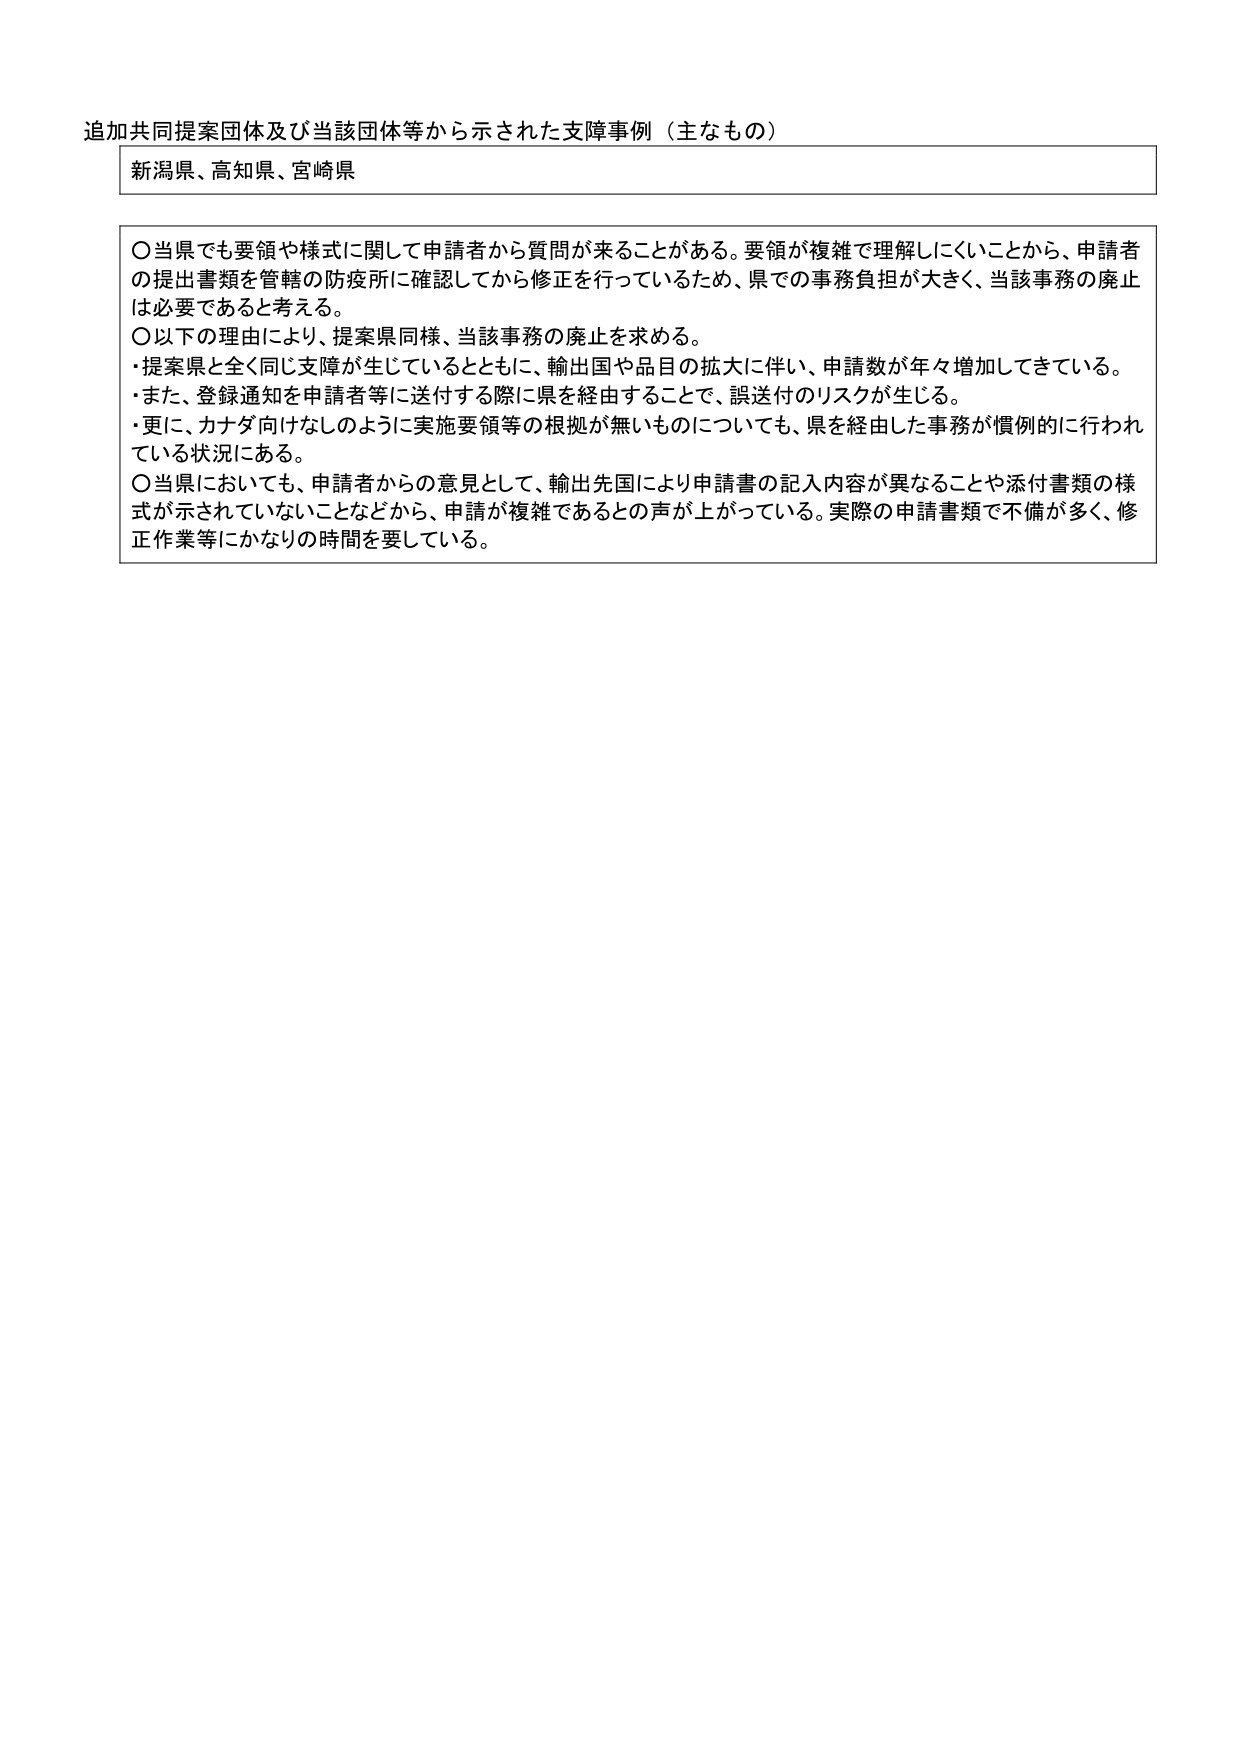
追加共同提案団体及び当該団体等から示された支障事例（主なもの）

新潟県、高知県、宮崎県

〇当県でも要領や様式に関して申請者から質問が来ることがある。要領が複雑で理解しにくいことから、申請者の提出書類を管轄の防疫所に確認してから修正を行っているため、県での事務負担が大きく、当該事務の廃止は必要であると考える。
〇以下の理由により、提案県同様、当該事務の廃止を求める。
・提案県と全く同じ支障が生じているとともに、輸出国や品目の拡大に伴い、申請数が年々増加してきている。
・また、登録通知を申請者等に送付する際に県を経由することで、誤送付のリスクが生じる。
・更に、カナダ向けなしのように実施要領等の根拠が無いものについても、県を経由した事務が慣例的に行われている状況にある。
〇当県においても、申請者からの意見として、輸出先国により申請書の記入内容が異なることや添付書類の様式が示されていないことなどから、申請が複雑であるとの声が上がっている。実際の申請書類で不備が多く、修正作業等にかなりの時間を要している。